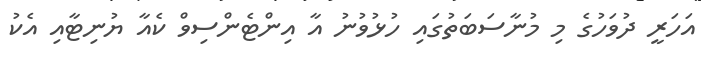
އަހަރީ ދުވަހުގެ މި މުނާސަބަތުގައި ހުޅުވުނު އާ އިންޓެންސިވް ކެއާ ޔުނިޓާއި އެކު